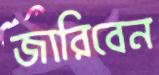
জারিবেন